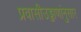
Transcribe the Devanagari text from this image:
प्रवासीउड्डाणांनुसार